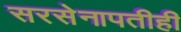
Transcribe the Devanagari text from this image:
सरसेनापतीही